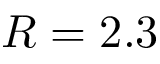
R = 2 . 3